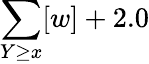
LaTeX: \sum\limits_{Y\geq x}[w]+2.0